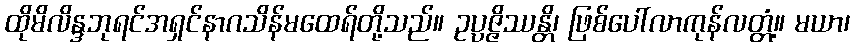
ထိုမိလိန္ဒဘုရင်အရှင်နာဂသိန်မထေရ်တို့သည်။ ဥပ္ပဇ္ဇိဿန္တိ၊ ဖြစ်ပေါ်လာကုန်လတ္တံ့။ မယာ၊